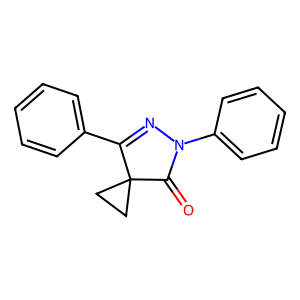
SMILES: O=C1N(c2ccccc2)N=C(c2ccccc2)C12CC2
Inhibits HIV replication: No